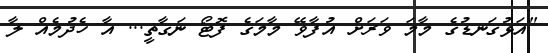
"އަޅުގަނޑުގެ މާމަ ވަރަށް އުފާވޭ މާމަގެ ފޮޓޯ ނަގާތީ... އާ ހެދުމެއް ލާ